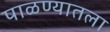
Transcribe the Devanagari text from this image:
पाळण्यातला